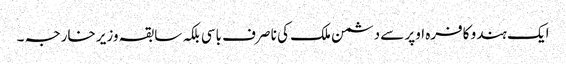
ایک ہندو کافرہ اوپر سے دشمن ملک کی نا صرف باسی بلکہ سابقہ وزیر خارجہ ۔